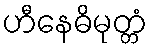
ဟီနေဓိမုတ္တံ